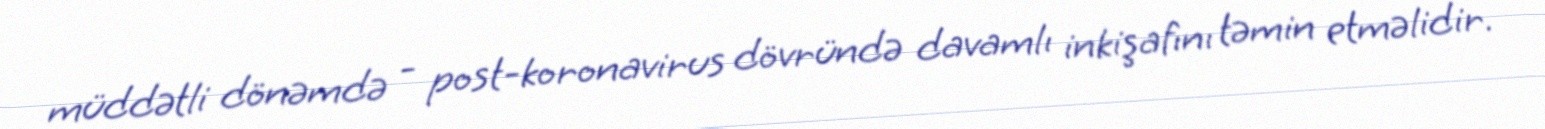
müddətli dönəmdə - post-koronavirus dövründə davamlı inkişafını təmin etməlidir.